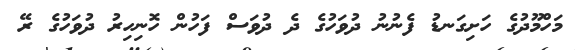
މަހްމޫދުގެ ހަށިގަނޑު ފެނުނު ދުވަހުގެ ދެ ދުވަސް ފަހުން ހޮނިހިރު ދުވަހުގެ ރޭ